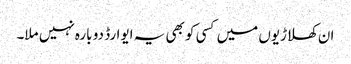
ان کھلاڑیوں میں کسی کو بھی یہ ایوارڈ دو بارہ نہیں ملا۔